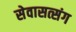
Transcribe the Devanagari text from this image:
सेवासत्संग